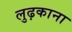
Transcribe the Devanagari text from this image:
लुढ़काना